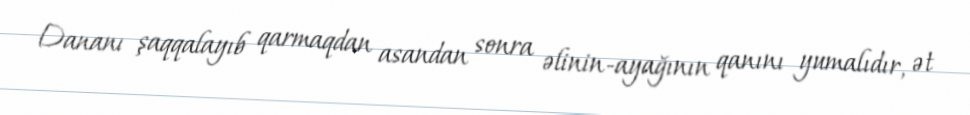
Dananı şaqqalayıb qarmaqdan asandan sonra əlinin-ayağının qanını yumalıdır, ət